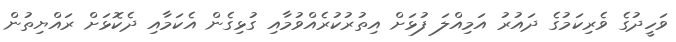
ވަހީދުގެ ވެރިކަމުގެ ދައުރު އަމިއްލަ ފުޅަށް އިތުރުކުރެއްވުމާއި ގުޅިގެން އެކަމާއި ދެކޮޅަށް ރައްޔިތުން